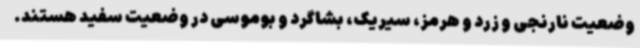
وضعیت نارنجی و زرد و هرمز، سیریک، بشاگرد و بوموسی در وضعیت سفید هستند.